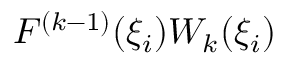
F ^ { ( k - 1 ) } ( \xi _ { i } ) W _ { k } ( \xi _ { i } )